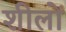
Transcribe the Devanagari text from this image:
शीलों